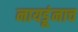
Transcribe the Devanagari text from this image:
नायडूंनाच